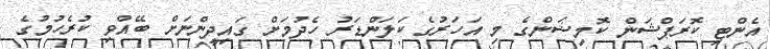
އެންޓި ކޮރަޕްޝަން ކޮމިޝަންގެ މި އަހަރުގެ ކަލަންޑަރު ހެދުމަށް ގައިދީންނަށް ބޭއްވި ކުރެހުމުގެ